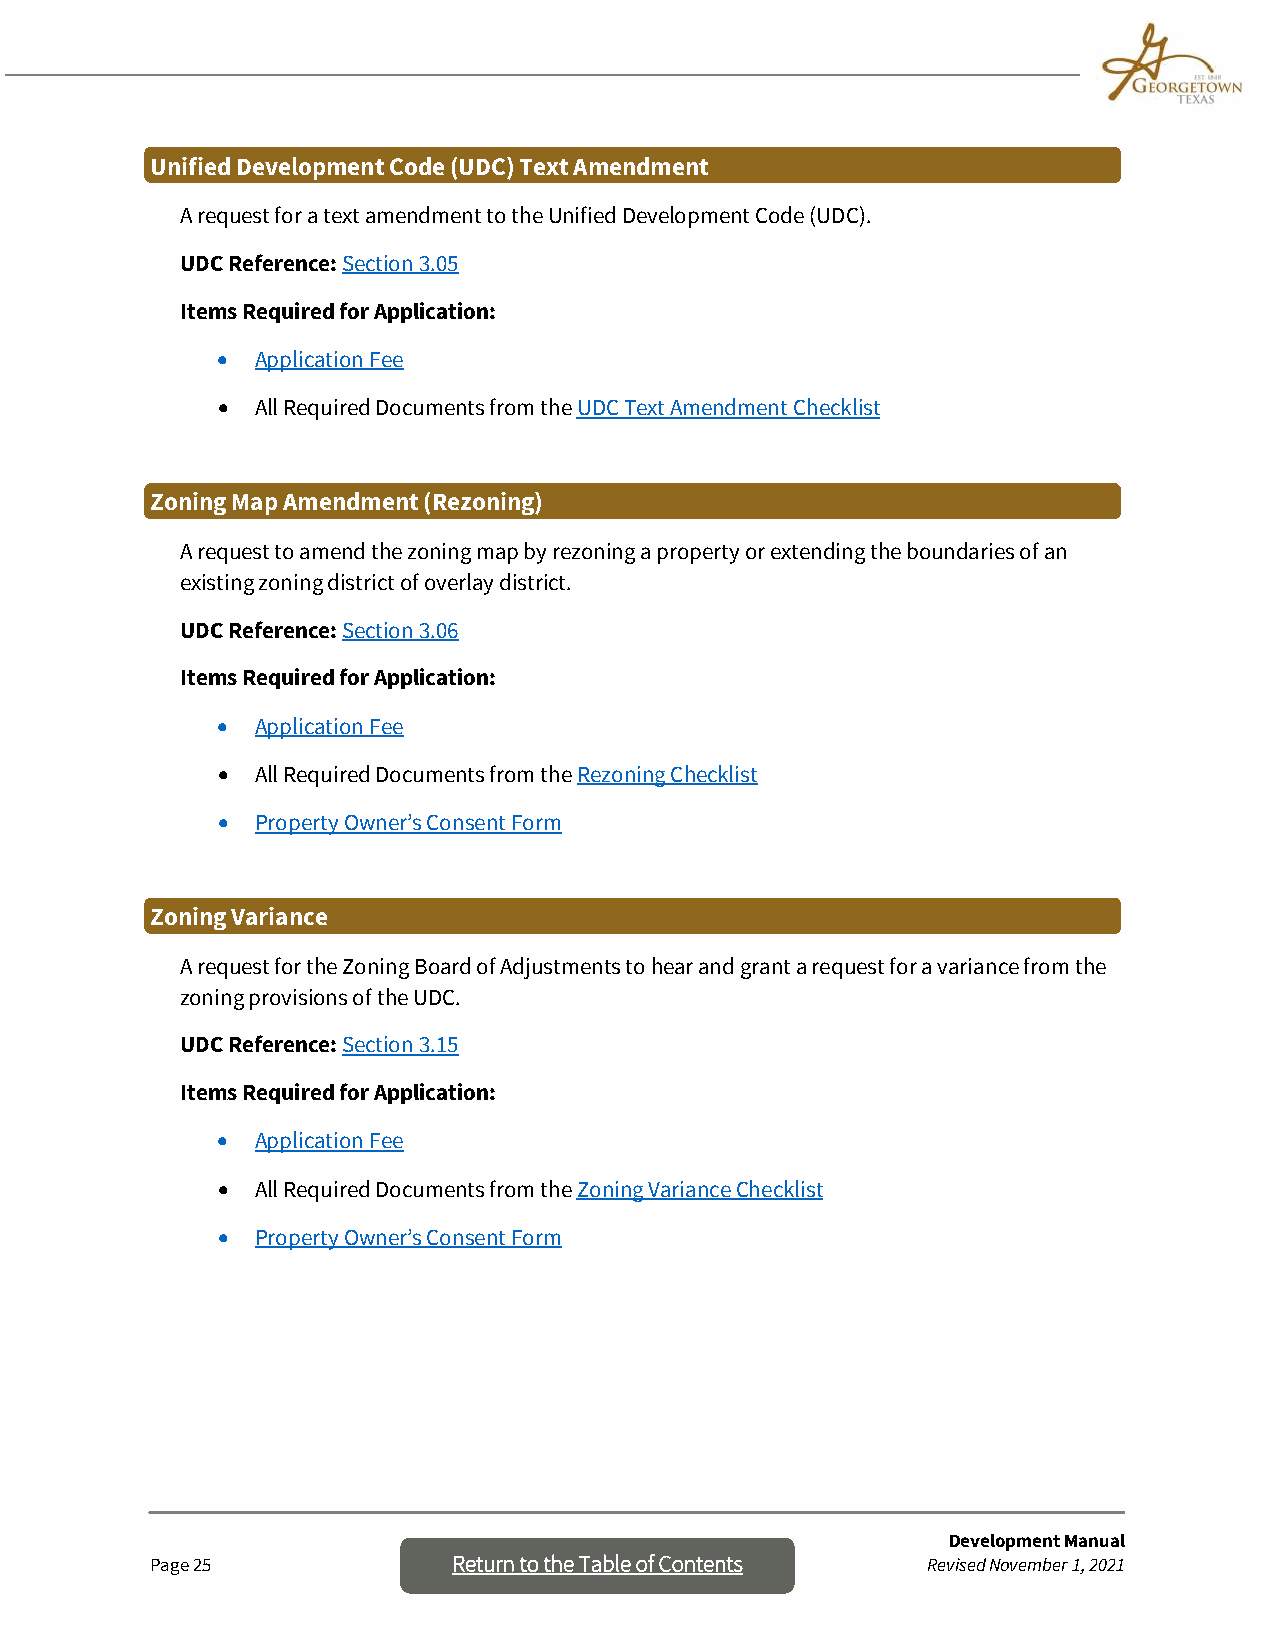
Unified Development Code (UDC) Text Amendment
 A request for a text amendment to the Unified Development Code (UDC).
 UDC Reference: Section 3.05
 Items Required for Application:
 •  Application Fee
 •  All Required Documents from the UDC Text Amendment Checklist
 Zoning Map Amendment (Rezoning)
 A request to amend the zoning map by rezoning a property or extending the boundaries of an
 existing zoning district of overlay district.
 UDC Reference: Section 3.06
 Items Required for Application:
 •  Application Fee
 •  All Required Documents from the Rezoning Checklist
 •  Property Owner’s Consent Form
 Zoning Variance
 A request for the Zoning Board of Adjustments to hear and grant a request for a variance from the
 zoning provisions of the UDC.
 UDC Reference: Section 3.15
 Items Required for Application:
 •  Application Fee
 •  All Required Documents from the Zoning Variance Checklist
 •  Property Owner’s Consent Form
 Development Manual
 Page 25             Return to the Table o f Contents Revised November 1, 2021